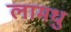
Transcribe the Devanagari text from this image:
लामधु